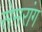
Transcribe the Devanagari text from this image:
सेमरांग